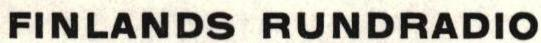
FINLANDS RUNDRADIO